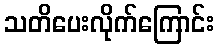
သတိပေးလိုက်ကြောင်း